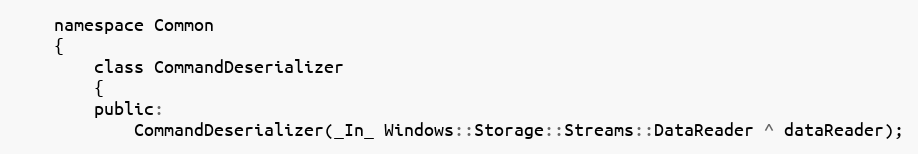
Language: C
    namespace Common
    {
        class CommandDeserializer
        {
        public:
            CommandDeserializer(_In_ Windows::Storage::Streams::DataReader ^ dataReader);